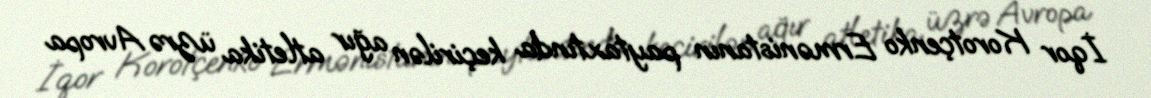
İqor Korotçenko Ermənistanın paytaxtında keçirilən ağır atletika üzrə Avropa